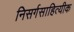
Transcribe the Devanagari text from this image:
निसर्गसाहित्यीक